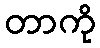
တာကို